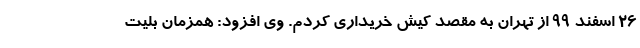
۲۶ اسفند ۹۹ از تهران به مقصد کیش خریداری کردم. وی افزود: همزمان بلیت